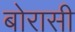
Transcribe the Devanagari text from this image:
बोरासी